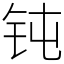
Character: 钝